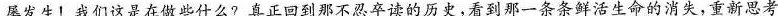
屡发生！我们这是在做些什么?真正回到那不忍卒读的历史，看到那一条条鲜活生命的消失，重新思考